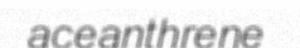
aceanthrene